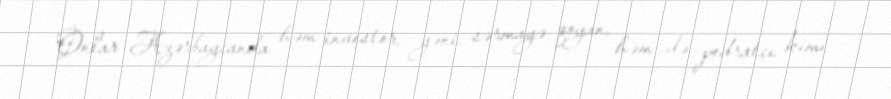
Onlar Azərbaycanda həm investor, yəni, sərmayə qoyan, həm də podratçı kimi